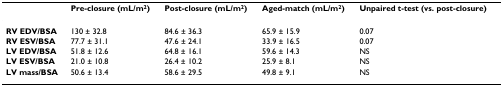
<table><thead><tr><td></td><td><b>Pre-closure (mL/m<sup>2</sup>)</b></td><td><b>Post-closure (mL/m<sup>2</sup>)</b></td><td><b>Aged-match (mL/m<sup>2</sup>)</b></td><td><b>Unpaired t-test (vs. post-closure)</b></td></tr></thead><tbody><tr><td><b>RV EDV/BSA</b></td><td>130 ± 32.8</td><td>84.6 ± 36.3</td><td>65.9 ± 15.9</td><td>0.07</td></tr><tr><td><b>RV ESV/BSA</b></td><td>77.7 ± 31.1</td><td>47.6 ± 24.1</td><td>33.9 ± 16.5</td><td>0.07</td></tr><tr><td><b>LV EDV/BSA</b></td><td>51.8 ± 12.6</td><td>64.8 ± 16.1</td><td>59.6 ± 14.3</td><td>NS</td></tr><tr><td><b>LV ESV/BSA</b></td><td>21.0 ± 10.8</td><td>26.4 ± 10.2</td><td>25.9 ± 8.1</td><td>NS</td></tr><tr><td><b>LV mass/BSA</b></td><td>50.6 ± 13.4</td><td>58.6 ± 29.5</td><td>49.8 ± 9.1</td><td>NS</td></tr></tbody></table>